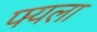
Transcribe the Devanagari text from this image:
फ्यला